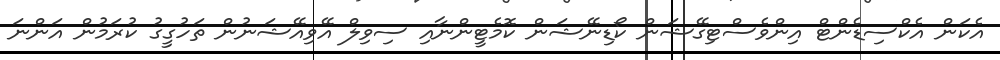
އެކަން އެކްސިޑެންޓް އިންވެސްޓިގޭޝަން ކޯޑިނޭޝަން ކޮމެޓީންނާއި ސިވިލް އޭވިއޭޝަނުން ތަހުގީގު ކުރަމުން އަންނަ